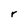
Character: r